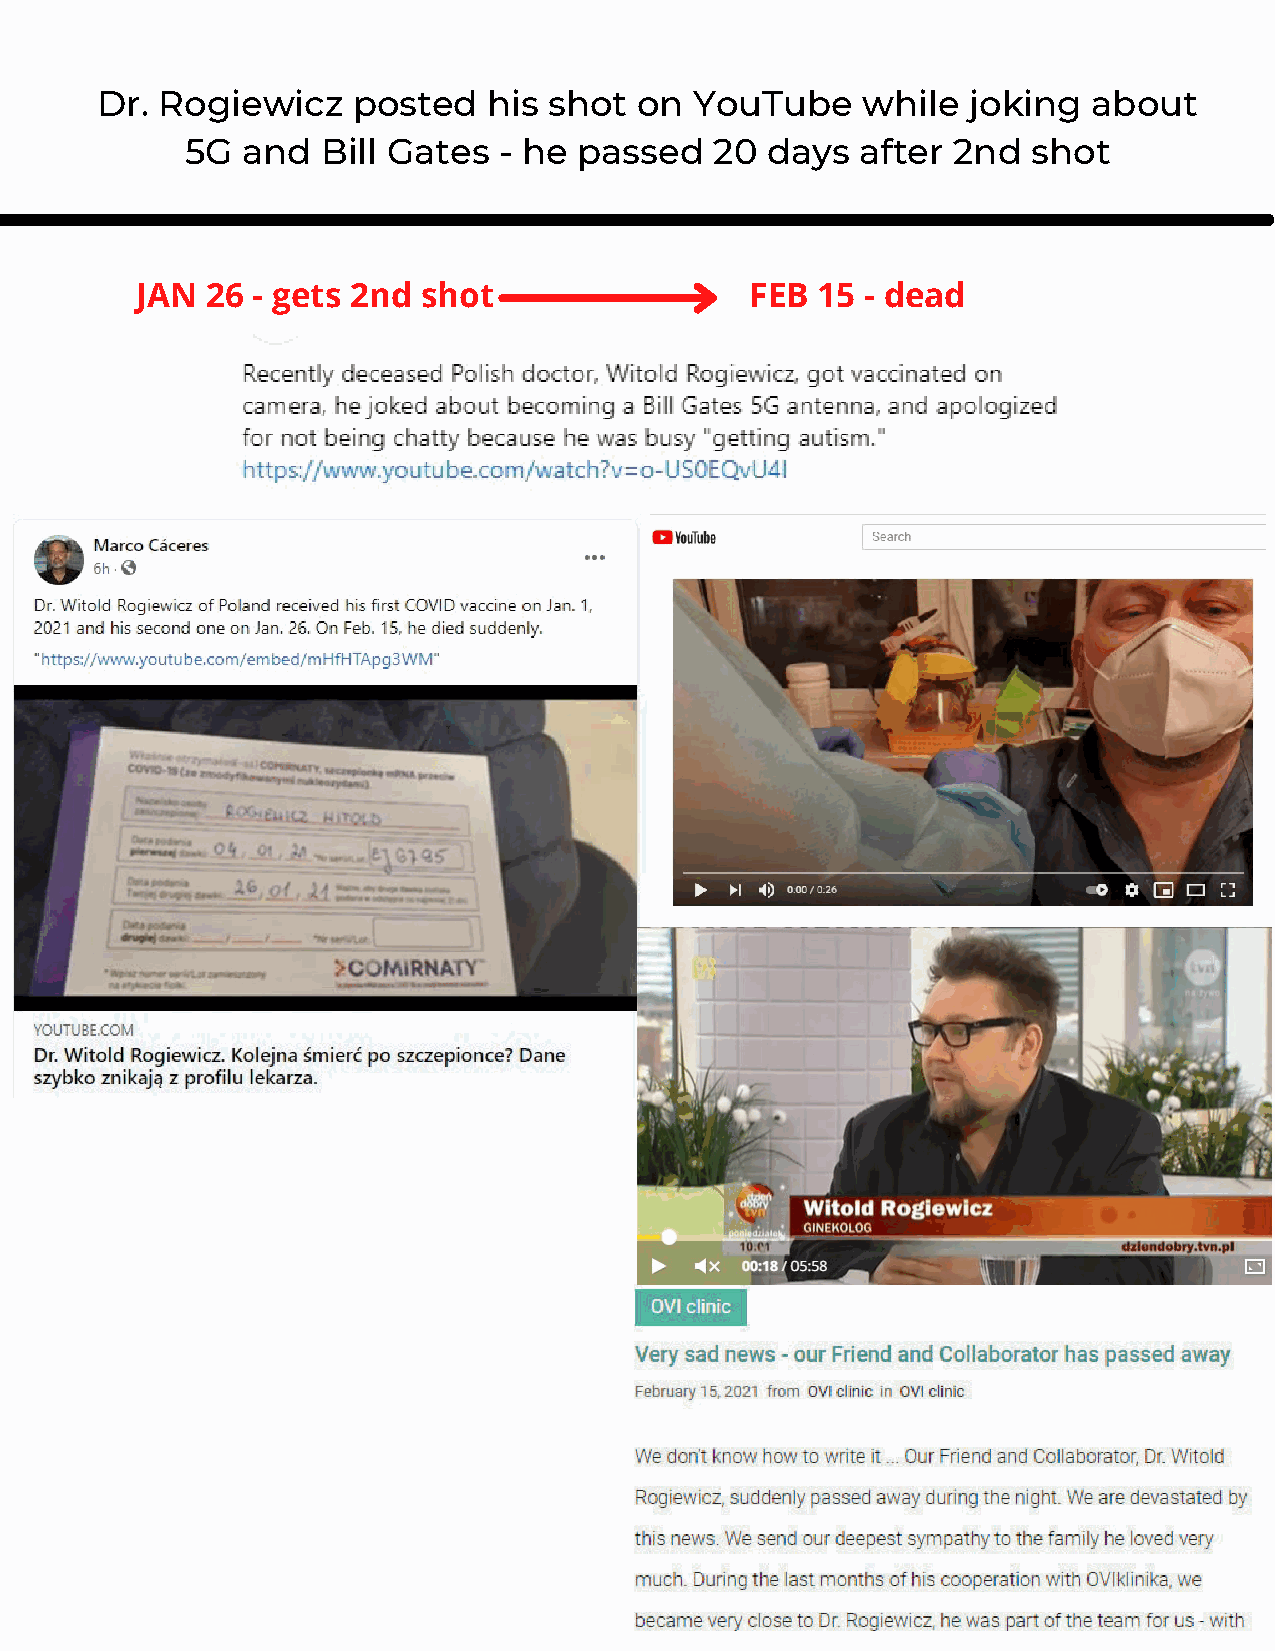
Dr. Rogiewicz    posted   his shot  on  YouTube    while  joking  about
 5G  and  Bill Gates  - he passed   20  days  after 2nd  shot
 JAN  26 - gets 2nd shot                  FEB 15 - dead